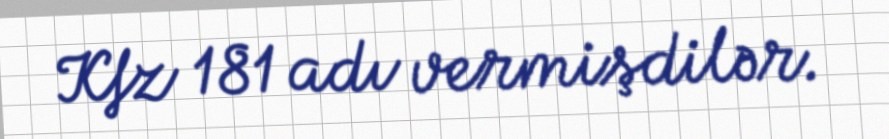
Kfz 181 adı vermişdilər.